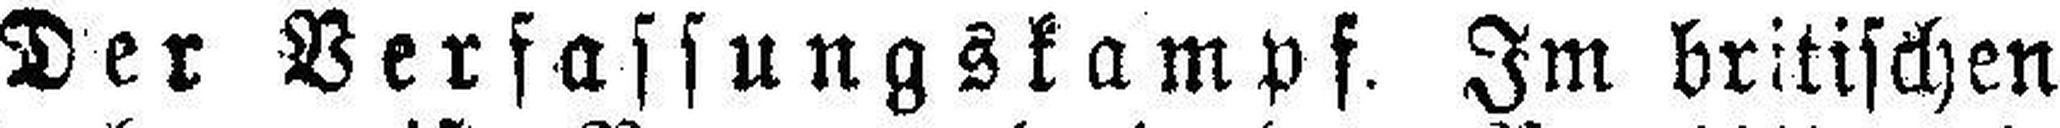
Der Verfassungskampf. Im britischen